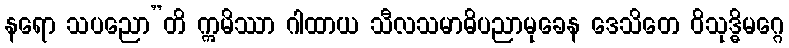
နရော သပညော”တိ ဣမိဿာ ဂါထာယ သီလသမာဓိပညာမုခေန ဒေသိတေ ဝိသုဒ္ဓိမဂ္ဂေ